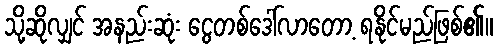
သို့ဆိုလျှင် အနည်းဆုံး ငွေတစ်ဒေါ်လာတော့ ရနိုင်မည်ဖြစ်၏။